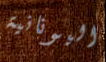
اليونانية